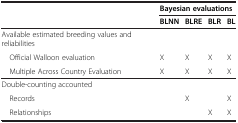
<table><thead><tr><td></td><td colspan="4"><b>Bayesian evaluations</b></td></tr><tr><td></td><td><b>BLNN</b></td><td><b>BLRE</b></td><td><b>BLR</b></td><td><b>BL</b></td></tr></thead><tbody><tr><td>Available estimated breeding values and reliabilities</td><td></td><td></td><td></td><td></td></tr><tr><td> Official Walloon evaluation</td><td>X</td><td>X</td><td>X</td><td>X</td></tr><tr><td> Multiple Across Country Evaluation</td><td>X</td><td>X</td><td>X</td><td>X</td></tr><tr><td>Double-counting accounted</td><td></td><td></td><td></td><td></td></tr><tr><td> Records</td><td></td><td>X</td><td></td><td>X</td></tr><tr><td> Relationships</td><td></td><td></td><td>X</td><td>X</td></tr></tbody></table>